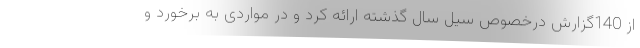
از 140گزارش درخصوص سیل سال گذشته ارائه کرد و در مواردی به برخورد و